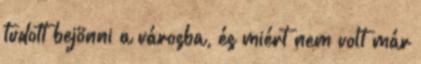
tudott bejönni a városba, és miért nem volt már